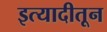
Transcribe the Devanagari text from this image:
इत्यादीतून